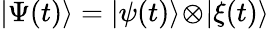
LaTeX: |\Psi(t)\rangle=|\psi(t)\rangle\! \otimes\! |\xi(t)\rangle